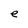
Character: e